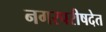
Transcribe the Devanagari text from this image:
नगरपरीषदेत